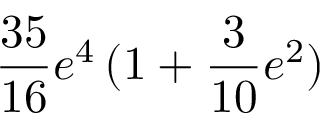
\frac { 3 5 } { 1 6 } e ^ { 4 } \, ( 1 + \frac { 3 } { 1 0 } e ^ { 2 } )